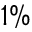
1 \%